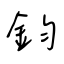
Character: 鈞